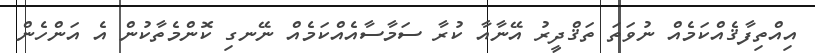
އިއްތިފާޤެއްކަމެއް ނުވަތަ ތަޤްދީރު އޭނާއާ ކުރާ ސަމާސާއެއްކަމެއް ނޭނގި ކޮންމެތާކުން އެ އަންހެން